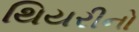
થિયરીનો